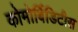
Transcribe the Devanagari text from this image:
कोमोर्बिडिटीस